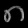
Digit: ၈